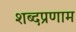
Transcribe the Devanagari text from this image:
शब्दप्रणाम